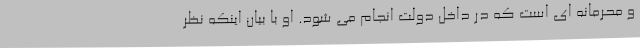
و محرمانه ای است که در داخل دولت انجام می شود. او با بیان اینکه نظر